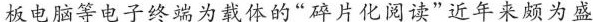
板电脑等电子终端为载体的“碎片化阅读”近年来颇为盛